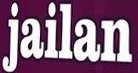
jailan